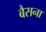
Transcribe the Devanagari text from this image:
बैसना